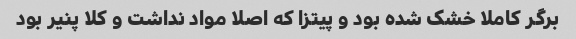
برگر کاملا خشک شده بود و پیتزا که اصلا مواد نداشت و کلا پنیر بود